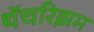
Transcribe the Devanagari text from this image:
थॅचरिझम